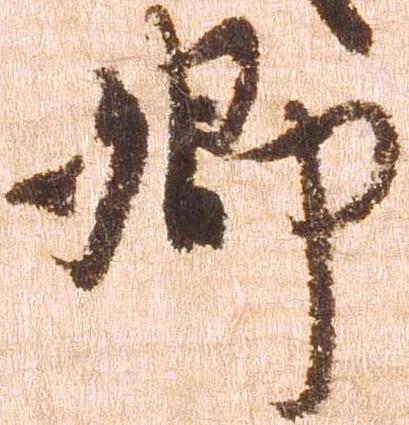
郷